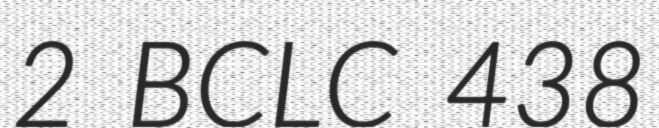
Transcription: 2 BCLC 438